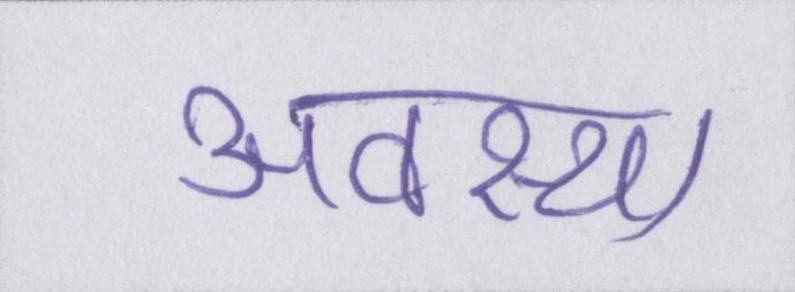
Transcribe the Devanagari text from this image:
अवस्था